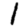
Digit: 1